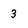
Character: 3